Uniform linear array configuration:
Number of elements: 8
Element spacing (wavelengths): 1
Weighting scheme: hann
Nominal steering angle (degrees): -15
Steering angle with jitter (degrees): -14.962
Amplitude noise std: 0.05
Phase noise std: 0.05

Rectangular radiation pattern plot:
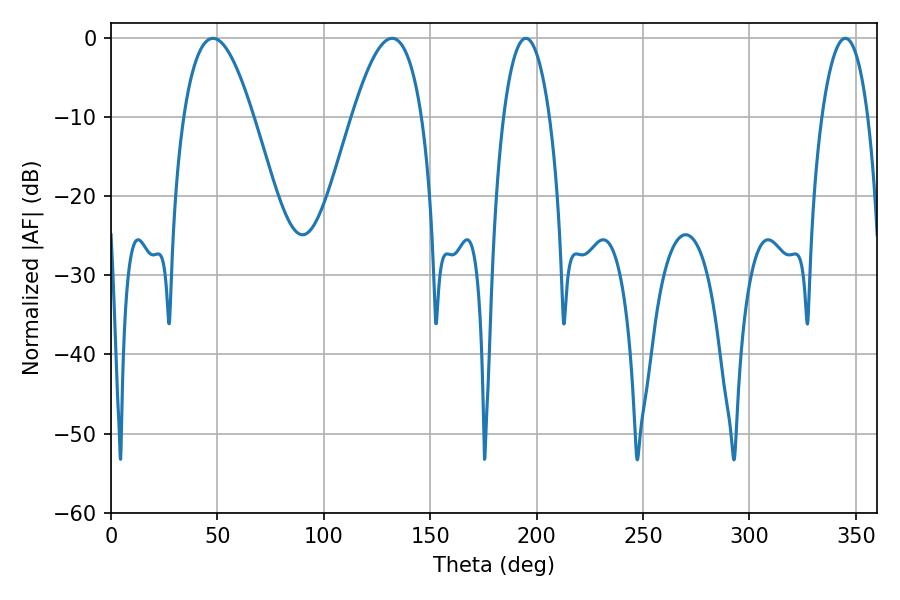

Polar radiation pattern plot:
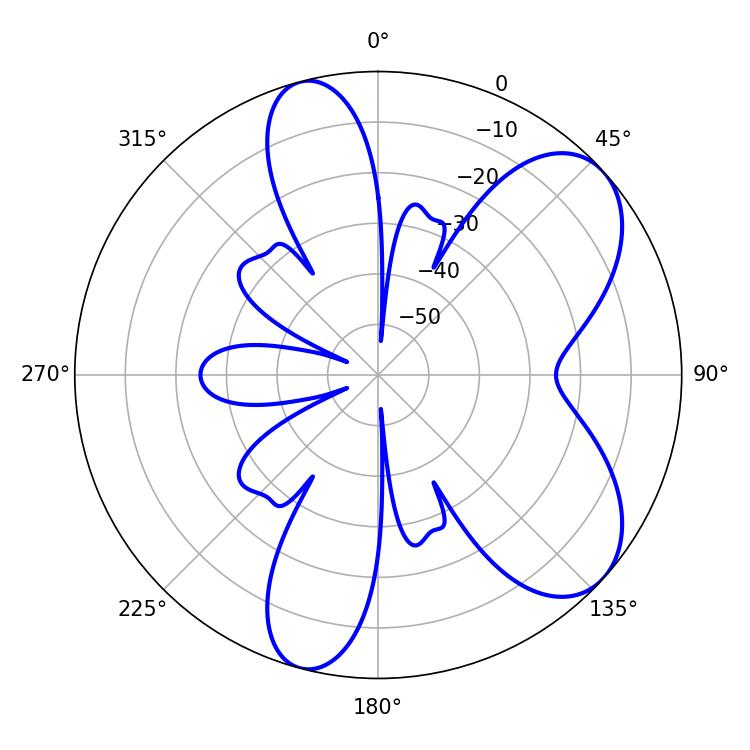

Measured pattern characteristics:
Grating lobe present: TRUE
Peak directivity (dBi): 7.076
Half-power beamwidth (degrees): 12.06
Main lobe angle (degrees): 194.94